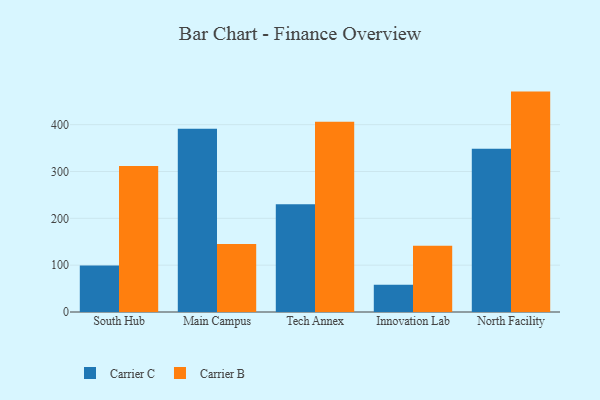
{"axis": {"x": "Campus", "y": "Website Visitors"}, "legend": ["Carrier B", "Carrier C"], "data": [{"x": "South Hub", "y": 99.2, "type": "Carrier C"}, {"x": "South Hub", "y": 311.6, "type": "Carrier B"}, {"x": "Main Campus", "y": 391.3, "type": "Carrier C"}, {"x": "Main Campus", "y": 145.2, "type": "Carrier B"}, {"x": "Tech Annex", "y": 230.0, "type": "Carrier C"}, {"x": "Tech Annex", "y": 406.0, "type": "Carrier B"}, {"x": "Innovation Lab", "y": 58.2, "type": "Carrier C"}, {"x": "Innovation Lab", "y": 141.6, "type": "Carrier B"}, {"x": "North Facility", "y": 348.6, "type": "Carrier C"}, {"x": "North Facility", "y": 470.6, "type": "Carrier B"}]}